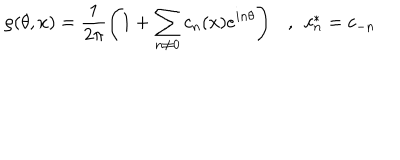
LaTeX: \rho ( \theta , x ) = \frac { 1 } { 2 \pi } \left( 1 + \sum _ { n \neq 0 } c _ { n } ( x ) e ^ { i n \theta } \right) , ~ ~ c _ { n } ^ { * } = c _ { - n }